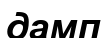
дамп